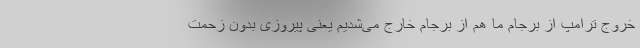
خروج ترامپ از برجام ما هم از برجام خارج می‌شدیم یعنی پیروزی بدون زحمت